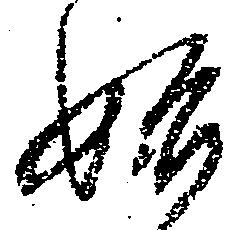
始